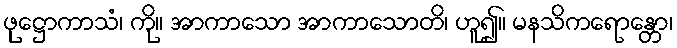
ဖုဋ္ဌောကာသံ၊ ကို။ အာကာသော အာကာသောတိ၊ ဟူ၍။ မနသိကရောန္တော၊